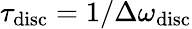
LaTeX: \tau_{\mathrm{disc}}=1/\Delta\omega_{\mathrm{disc}}